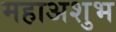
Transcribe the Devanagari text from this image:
महाअशुभ